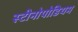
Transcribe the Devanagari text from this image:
स्टीनोपोडियम